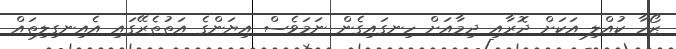
ޒޯހާ ކުއްލި އަކަށް ދޮރާއި ދިމާއަށް ހިނގައިގެން ނަމަވެސް އިޔަންގެ އަތުތެރޭގައި އެއިނގިލިތައް